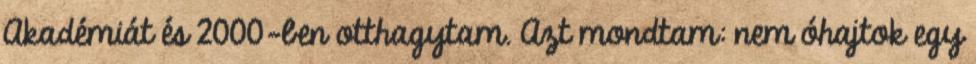
Akadémiát és 2000-ben otthagytam. Azt mondtam: nem óhajtok egy